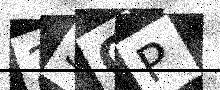
Text: 2SQP